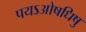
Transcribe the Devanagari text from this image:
पयऽओषधिषु